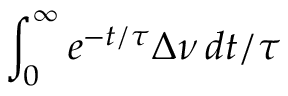
\int _ { 0 } ^ { \infty } e ^ { - t / \tau } \Delta \nu \, d t / \tau